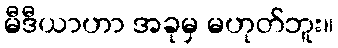
မီဒီယာဟာ အခုမှ မဟုတ်ဘူး။